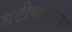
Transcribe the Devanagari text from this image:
सटीकहाउस